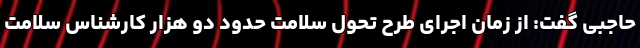
حاجبی گفت: از زمان اجرای طرح تحول سلامت حدود دو هزار کارشناس سلامت